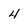
Character: 4